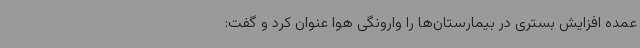
عمده افزایش بستری در بیمارستان‌ها را وارونگی هوا عنوان کرد و گفت: